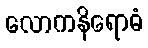
လောကနိရောဓံ